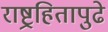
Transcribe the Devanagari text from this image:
राष्ट्रहितापुढे